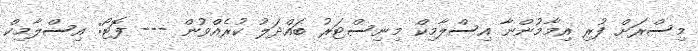
މިސްރަށް ފުރި އިމާމުންނާ އިސްލާމިކް މިނިސްޓަރު ބައްދަލު ކުރެއްވުން --- ފޮޓޯ: އިސްލާމިކް